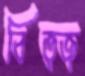
বিত্জ